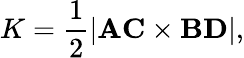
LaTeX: K={\frac{1}{2}}|\mathbf{AC}\times\mathbf{BD}|,